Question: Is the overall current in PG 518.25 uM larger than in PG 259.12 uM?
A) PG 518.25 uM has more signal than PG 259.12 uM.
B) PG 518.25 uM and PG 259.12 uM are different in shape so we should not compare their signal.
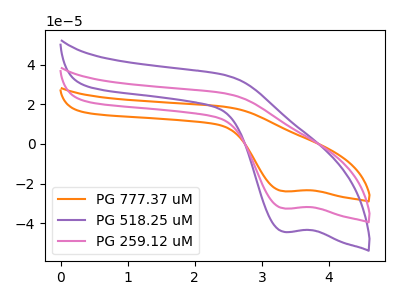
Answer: <think>The orange curve "PG 777.37 uM" has a cathodic peak at: (3.35V, -65.15uA). The purple curve "PG 518.25 uM" has a cathodic peak at: (3.35V, -44.35uA). The pink curve "PG 259.12 uM" has a cathodic peak at: (3.35V, -32.55uA).
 All the peaks in "PG 518.25 uM" have a peak in "PG 259.12 uM" at the same potential. Every peak in "PG 518.25 uM" is higher than every peak in "PG 259.12 uM".</think>
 <answer>A) "PG 518.25 uM" has more signal than "PG 259.12 uM".</answer>
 <eval>A</eval>